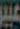
عبير